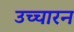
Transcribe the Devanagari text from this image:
उच्चारन